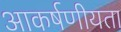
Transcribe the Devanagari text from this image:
आकर्षणीयता